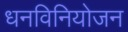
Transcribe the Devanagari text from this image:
धनविनियोजन